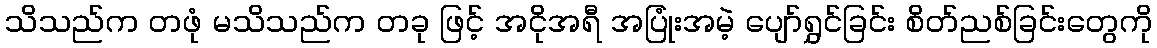
သိသည်က တဖုံ မသိသည်က တခု ဖြင့် အငိုအရီ အပြုံးအမဲ့ ပျော်ရွှင်ခြင်း စိတ်ညစ်ခြင်းတွေကို